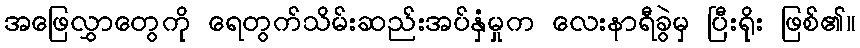
အဖြေလွှာတွေကို ရေတွက်သိမ်းဆည်းအပ်နှံမှုက လေးနာရီခွဲမှ ပြီးရိုး ဖြစ်၏။